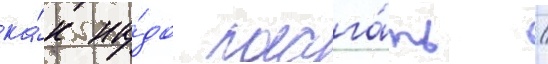
ка́к на́до полага́ть /